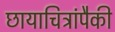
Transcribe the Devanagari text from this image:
छायाचित्रांपैकी